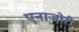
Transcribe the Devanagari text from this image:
एनाजोरी